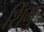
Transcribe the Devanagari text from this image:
शिंगु